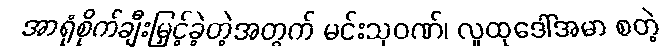
အာရုံစိုက်ချီးမြှင့်ခဲ့တဲ့အတွက် မင်းသုဝဏ်၊ လူထုဒေါ်အမာ စတဲ့